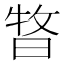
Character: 𣈊